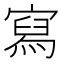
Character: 寫